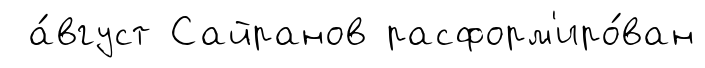
а́вгуст Сайранов расформ'иро́ван